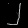
Digit: ၂